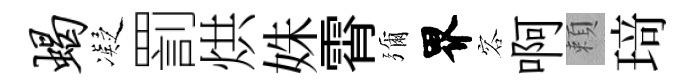
蝎凝罰烘姝霄彌界容啊頼𤦺